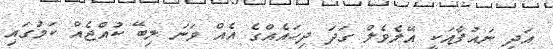
އަދި ނައުފާއަކީ އޭލެވެލް ގަދަ ދިހައެއްގެ އެއް ވަނަ ލިބޭ ކުއްޖެއް ކަމުގައި